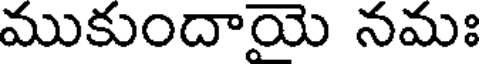
ముకుందాయె నమః